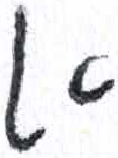
אות: א